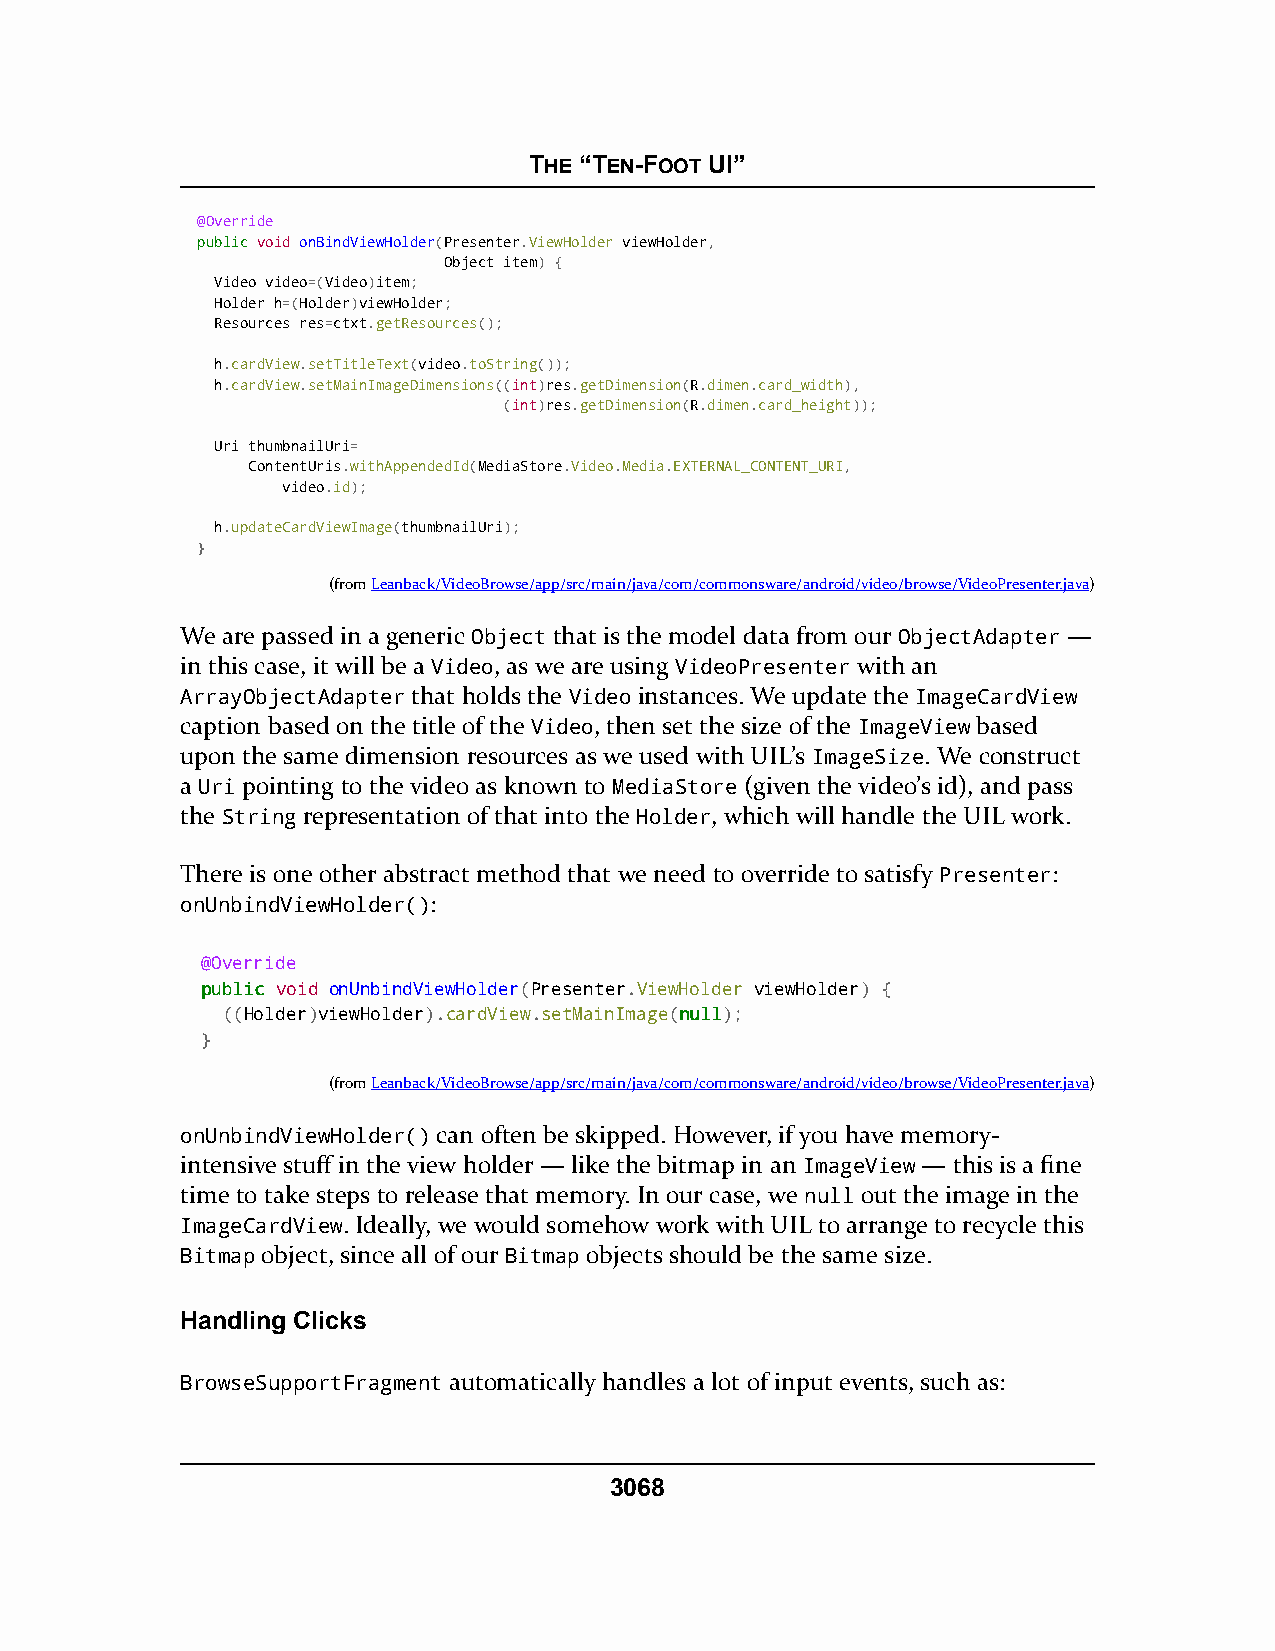
THE “TEN-FOOT UI”
 @Override
 ppuubblliicc void onBindViewHolder(Presenter.ViewHolder viewHolder,
 Object item) {
 Video video=(Video)item;
 Holder h=(Holder)viewHolder;
 Resources res=ctxt.getResources();
 h.cardView.setTitleText(video.toString());
 h.cardView.setMainImageDimensions((int)res.getDimension(R.dimen.card_width),
 (int)res.getDimension(R.dimen.card_height));
 Uri thumbnailUri=
 ContentUris.withAppendedId(MediaStore.Video.Media.EXTERNAL_CONTENT_URI,
 video.id);
 h.updateCardViewImage(thumbnailUri);
 }
 (fromLeanback/VideoBrowse/app/src/main/java/com/commonsware/android/video/browse/VideoPresenter.java)
 We are passed in a generic Object that is the model data from our ObjectAdapter —
 in this case, it will be a Video, as we are using VideoPresenter with an
 ArrayObjectAdapter that holds the Video instances. We update the ImageCardView
 caption based on the title of the Video, then set the size of the ImageView based
 upon the same dimension resources as we used with UIL’s ImageSize. We construct
 a Uri pointing to the video as known to MediaStore (given the video’s id), and pass
 the String representation of that into the Holder, which will handle the UIL work.
 There is one other abstract method that we need to override to satisfy Presenter:
 onUnbindViewHolder():
 @Override
 ppuubblliicc void onUnbindViewHolder(Presenter.ViewHolder viewHolder) {
 ((Holder)viewHolder).cardView.setMainImage(nnuullll);
 }
 (fromLeanback/VideoBrowse/app/src/main/java/com/commonsware/android/video/browse/VideoPresenter.java)
 onUnbindViewHolder() can often be skipped. However, if you have memory-
 intensive stuff in the view holder — like the bitmap in an ImageView — this is a fine
 time to take steps to release that memory. In our case, we null out the image in the
 ImageCardView. Ideally, we would somehow work with UIL to arrange to recycle this
 Bitmap object, since all of our Bitmap objects should be the same size.
 Handling Clicks
 BrowseSupportFragment automatically handles a lot of input events, such as:
 3068